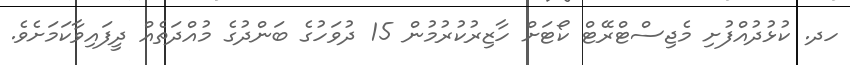
ހދ. ކުޅުދުއްފުށި މެޖިސްޓްރޭޓް ކޯޓަށް ހާޒިރުކުރުމުން 15 ދުވަހުގެ ބަންދުގެ މުއްދަތެއް ދީފައިވާކަމަށެވެ.